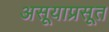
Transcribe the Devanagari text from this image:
असूयाप्रसूत